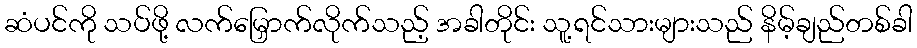
ဆံပင်ကို သပ်ဖို့ လက်မြှောက်လိုက်သည့် အခါတိုင်း သူ့ရင်သားများသည် နိမ့်ချည်တစ်ခါ